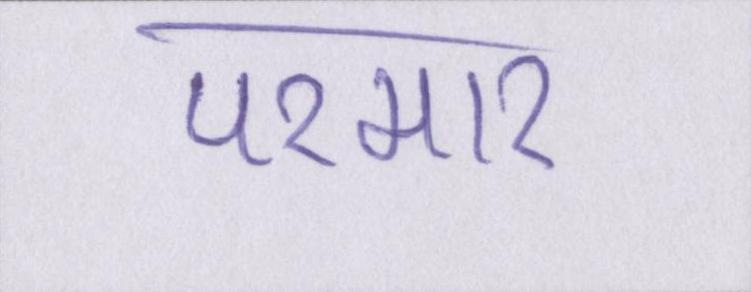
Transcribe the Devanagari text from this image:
परमार